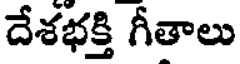
దేశభక్తి గీతాలు